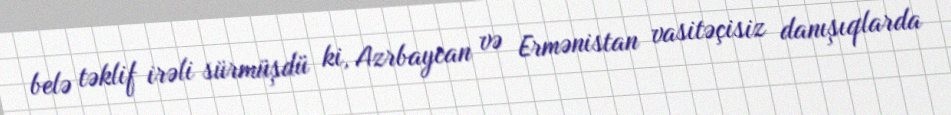
belə təklif irəli sürmüşdü ki, Azrbaycan və Ermənistan vasitəçisiz danışıqlarda